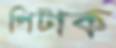
পিটাক